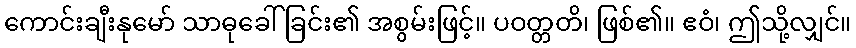
ကောင်းချီးနုမော် သာဓုခေါ်ခြင်း၏ အစွမ်းဖြင့်။ ပဝတ္တတိ၊ ဖြစ်၏။ ဧဝံ၊ ဤသို့လျှင်။